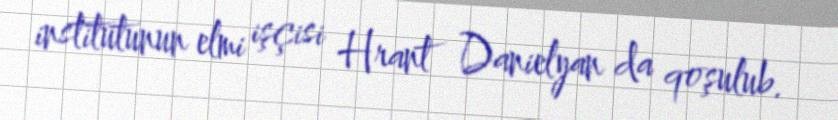
institutunun elmi işçisi Hrant Danielyan da qoşulub.